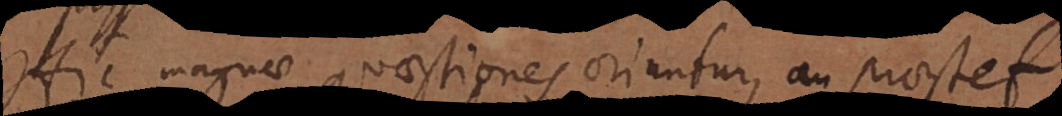
Hic magnae quaestiones oriuntur, an praestet